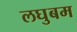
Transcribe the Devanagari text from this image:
लघुबम